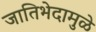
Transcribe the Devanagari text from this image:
जातिभेदामुळे